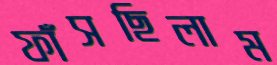
ফাঁসছিলাম